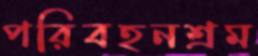
পরিবহনশ্রম